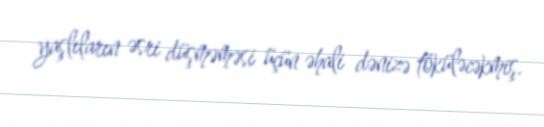
yaşlıların əsri düşməməsi üçün əhali dənizə töküləcəkmiş.